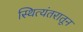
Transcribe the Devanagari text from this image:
स्थित्यंतरातून